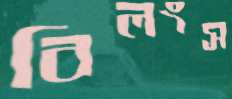
বিলংস